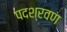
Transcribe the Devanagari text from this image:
पदश्रवण